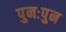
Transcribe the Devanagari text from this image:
पुनःपुन